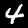
Digit: 4